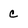
Character: c